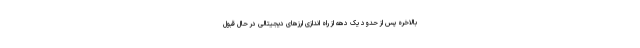
بالاخره پس از حدود یک دهه از راه اندازی ارزهای دیجیتالی در حال قبول